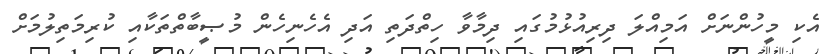
އެކި މީހުންނަށް އަމިއްލަ ދިރިއުޅުމުގައި ދިމާވާ ހިތްދަތި އަދި އެހެނިހެން މުޞީބާތްތަކާއި ކުރިމަތިލުމަށް